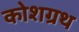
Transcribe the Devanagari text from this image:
कोशग्रथ